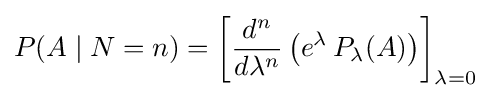
P(A\mid N=n)=\left[{d^{n} \over d\lambda ^{n}}\left(e^{\lambda }\,P_{\lambda }(A)\right)\right]_{\lambda =0}